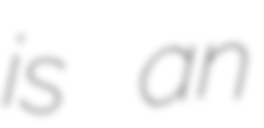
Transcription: is an